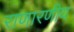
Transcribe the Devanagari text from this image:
राणारणीय